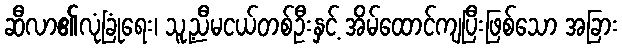
ဆီလာ၏လုံခြုံရေး၊ သူ့ညီမငယ်တစ်ဦးနှင့် အိမ်ထောင်ကျပြီးဖြစ်သော အခြား